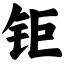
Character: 钜